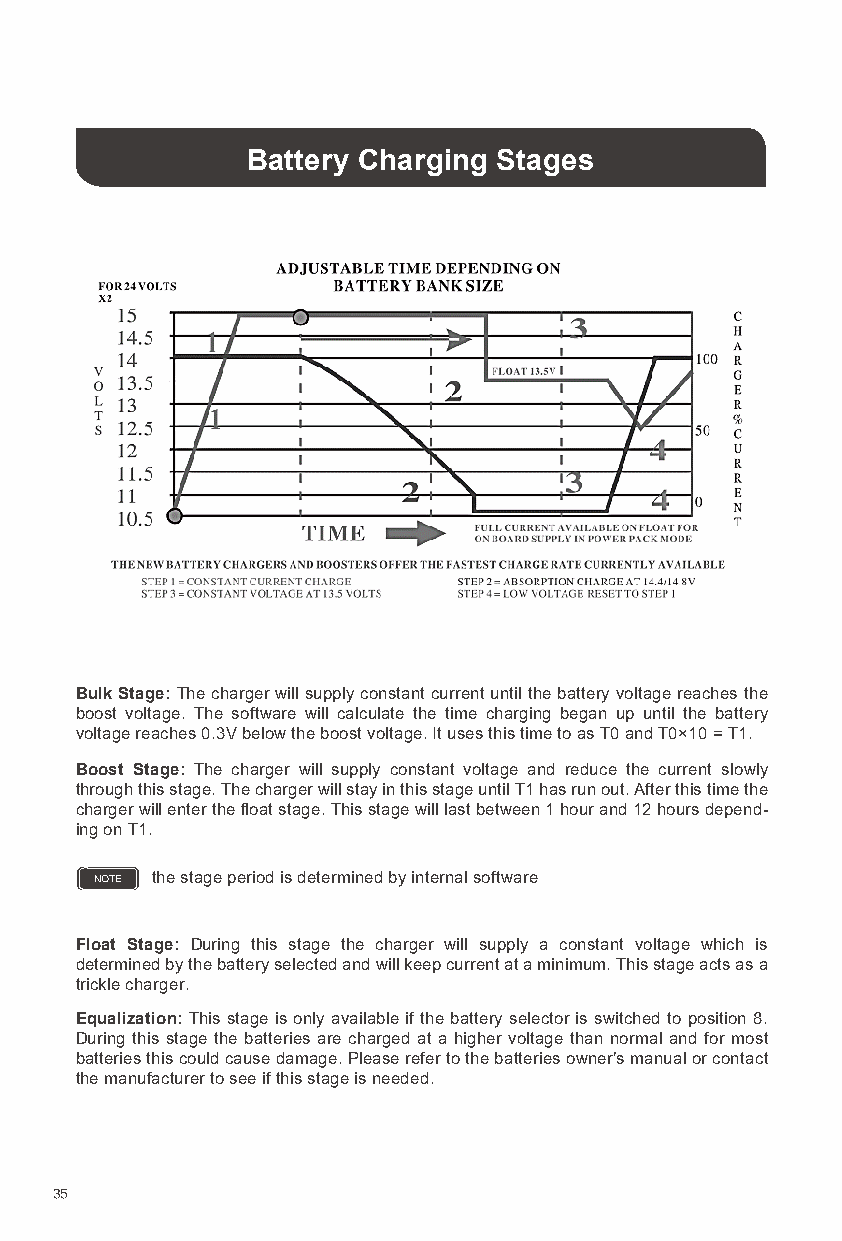
Battery Charging Stages
 Bulk Stage: The charger will supply constant current until the battery voltage reaches the
 boost voltage. The software will calculate the time charging began up until the battery
 voltage reaches 0.3V below the boost voltage. It uses this time to as T0 and T0×10 = T1.
 Boost Stage: The charger will supply constant voltage and reduce the current slowly
 through this stage. The charger will stay in this stage until T1 has run out. After this time the
 charger will enter the float stage. This stage will last between 1 hour and 12 hours depend-
 ing on T1.
 NOTE the stage period is determined by internal software
 Float Stage: During this stage the charger will supply a constant voltage which is
 determined by the battery selected and will keep current at a minimum. This stage acts as a
 trickle charger.
 Equalization: This stage is only available if the battery selector is switched to position 8.
 During this stage the batteries are charged at a higher voltage than normal and for most
 batteries this could cause damage. Please refer to the batteries owner’s manual or contact
 the manufacturer to see if this stage is needed.
 35